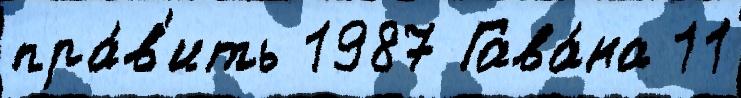
пра́в'ить 1987 Гава́на 11